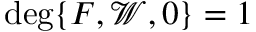
\mathrm { d e g } \{ F , \mathcal { W } , \boldsymbol { 0 } \} = 1